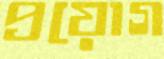
প্রয়োগ